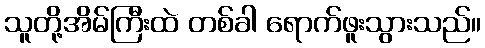
သူတို့အိမ်ကြီးထဲ တစ်ခါ ရောက်ဖူးသွားသည်။